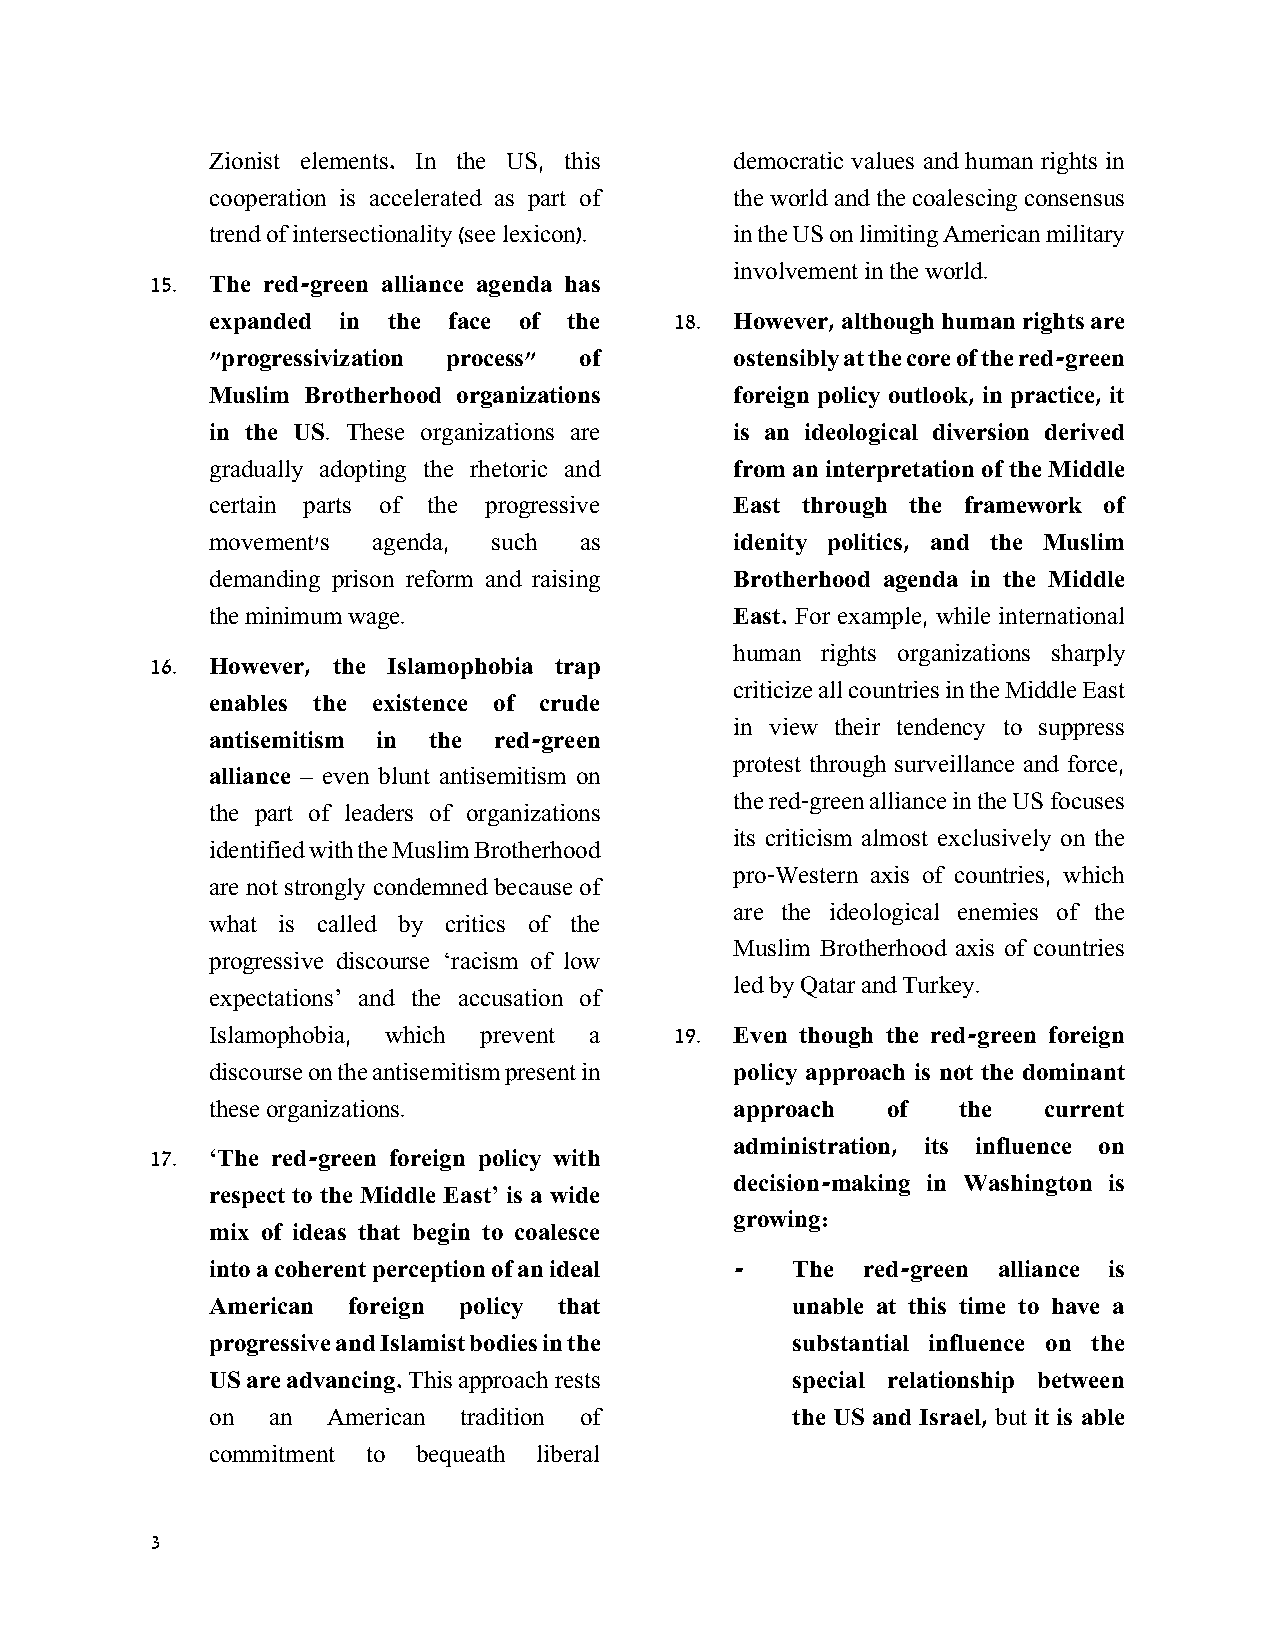
Zionist elements. In the US, this  democratic values and human rights in
 cooperation is accelerated as part of the world and the coalescing consensus
 trend of intersectionality (see lexicon). in the US on limiting American military
 involvement in the world.
 15. The red-green alliance agenda has
 expanded in the face of the    18. However, although human rights are
 "progressivization process" of     ostensibly at the core of the red-green
 Muslim Brotherhood organizations   foreign policy outlook, in practice, it
 in the US. These organizations are is an ideological diversion derived
 gradually adopting the rhetoric and from an interpretation of the Middle
 certain parts of the progressive   East through the framework of
 movement's agenda, such as         idenity politics, and the Muslim
 demanding prison reform and raising Brotherhood agenda in the Middle
 the minimum wage.                  East. For example, while international
 human rights organizations sharply
 16. However, the Islamophobia trap
 criticize all countries in the Middle East
 enables the existence of crude
 in view their tendency to suppress
 antisemitism in the red-green
 protest through surveillance and force,
 alliance – even blunt antisemitism on
 the red-green alliance in the US focuses
 the part of leaders of organizations
 its criticism almost exclusively on the
 identified with the Muslim Brotherhood
 pro-Western axis of countries, which
 are not strongly condemned because of
 are the ideological enemies of the
 what is called by critics of the
 Muslim Brotherhood axis of countries
 progressive discourse ‘racism of low
 led by Qatar and Turkey.
 expectations’ and the accusation of
 Islamophobia, which prevent a  19. Even though the red-green foreign
 discourse on the antisemitism present in policy approach is not the dominant
 these organizations.               approach  of  the   current
 administration, its influence on
 17. ‘The red-green foreign policy with
 decision-making in Washington is
 respect to the Middle East’ is a wide
 growing:
 mix of ideas that begin to coalesce
 into a coherent perception of an ideal - The red-green alliance is
 American foreign policy that          unable at this time to have a
 progressive and Islamist bodies in the substantial influence on the
 US are advancing. This approach rests special relationship between
 on  an  American tradition of         the US and Israel, but it is able
 commitment to bequeath liberal
 3